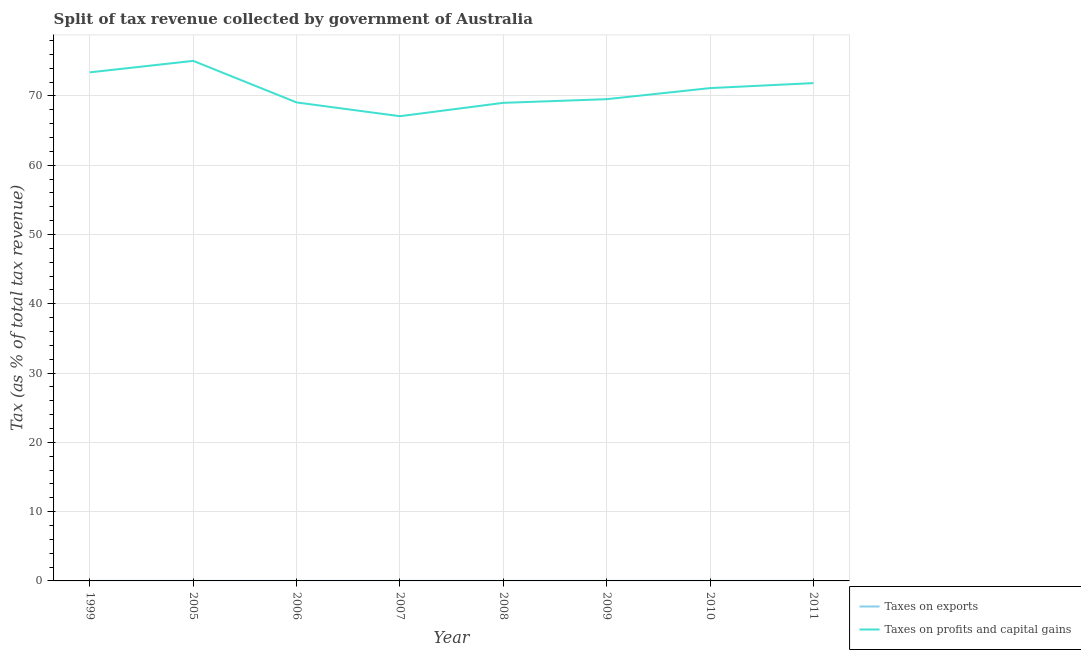
| Year | Taxes on exports | Taxes on profits and capital gains |
 | --- | --- | --- |
 | 1999 | 0.00287 | 73.4 |
 | 2005 | 0.00524 | 75.1 |
 | 2006 | 0.00571 | 69.1 |
 | 2007 | 0.00534 | 67.1 |
 | 2008 | 0.0035 | 69 |
 | 2009 | 0.00468 | 69.5 |
 | 2010 | 0.00524 | 71.1 |
 | 2011 | 0.00382 | 71.9 |